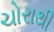
ચોરાથી